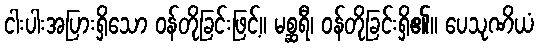
ငါးပါးအပြားရှိသော ဝန်တိုခြင်းဖြင့်။ မစ္ဆရီ၊ ဝန်တိုခြင်းရှိ၏။ ပေသုဏိယံ